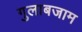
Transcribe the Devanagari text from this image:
गुलाबजाम